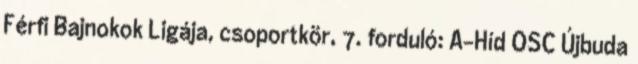
Férfi Bajnokok Ligája, csoportkör, 7. forduló: A-Híd OSC Újbuda